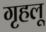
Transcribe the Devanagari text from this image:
गृहलू